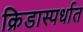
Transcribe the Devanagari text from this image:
क्रिडास्पर्धात